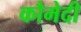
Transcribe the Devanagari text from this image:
कौमेदी